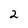
Character: 2